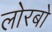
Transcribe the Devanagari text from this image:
लोरबो